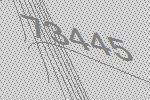
73445